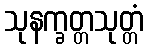
သုနက္ခတ္တသုတ္တံ